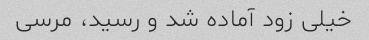
خیلی زود آماده شد و رسید، مرسی